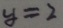
y = 2